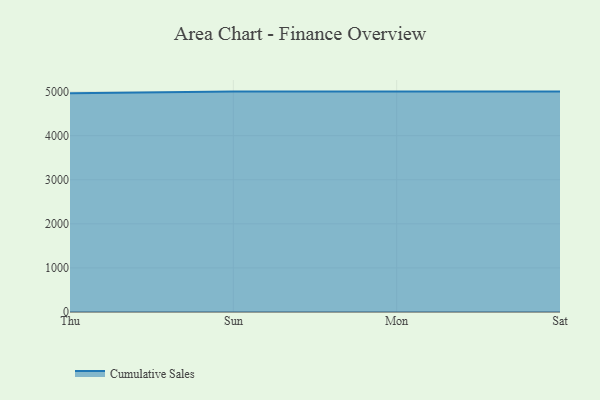
{"axis": {"x": "Day", "y": "Conversion Rate (%)"}, "legend": ["Cumulative Sales"], "data": [{"x": "Thu", "y": 4960.4, "type": "Cumulative Sales"}, {"x": "Sun", "y": 5000, "type": "Cumulative Sales"}, {"x": "Mon", "y": 5000, "type": "Cumulative Sales"}, {"x": "Sat", "y": 5000, "type": "Cumulative Sales"}]}